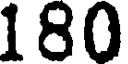
180